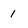
Character: 1